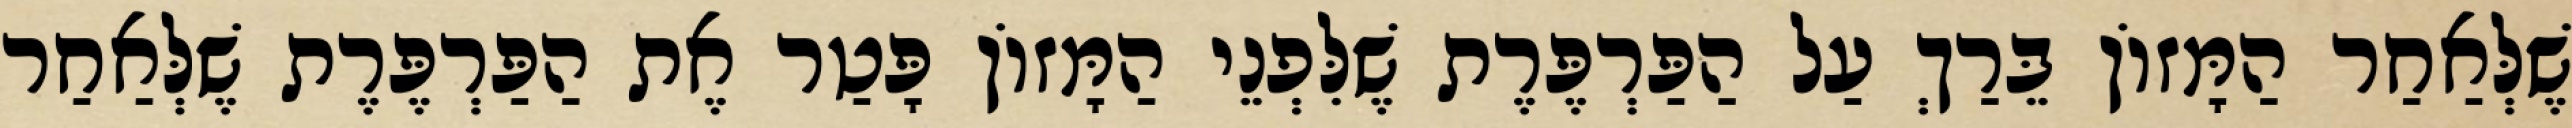
שֶׁלְּאַחַר הַמָּזוֹן בֵּרַךְ עַל הַפַּרְפֶּרֶת שֶׁלִּפְנֵי הַמָּזוֹן פָּטַר אֶת הַפַּרְפֶּרֶת שֶׁלְּאַחַר